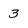
Character: 3